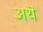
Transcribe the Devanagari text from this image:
अथॆ